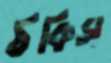
ঠকিস